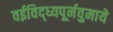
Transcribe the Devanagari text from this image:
वईविद्ध्यपूर्नवुमाये